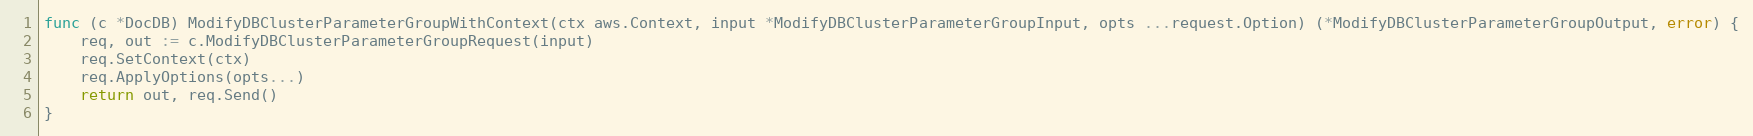
Language: Go
func (c *DocDB) ModifyDBClusterParameterGroupWithContext(ctx aws.Context, input *ModifyDBClusterParameterGroupInput, opts ...request.Option) (*ModifyDBClusterParameterGroupOutput, error) {
	req, out := c.ModifyDBClusterParameterGroupRequest(input)
	req.SetContext(ctx)
	req.ApplyOptions(opts...)
	return out, req.Send()
}